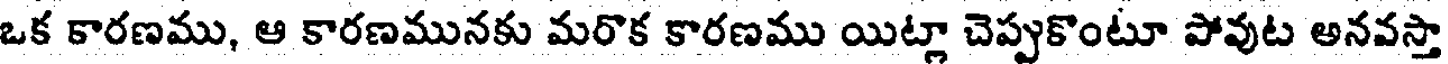
ఒక కారణము, ఆ కారణమునకు మరొక కారణము యిట్లా చెప్పుకొంటూ పోవుట అనవస్తా